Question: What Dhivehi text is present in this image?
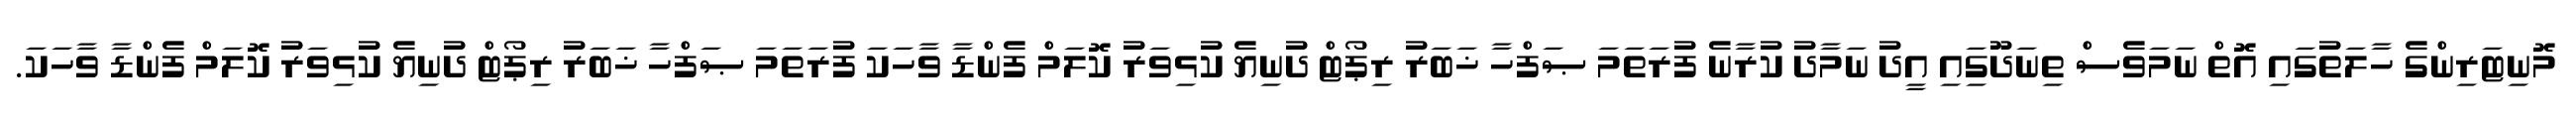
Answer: މޮނިޓަރިންގެ ހާލަތުގައި އޮތް ނަމަވެސް ތިނަދޫގަިއި އީދު ނަމާދު ކުރާނެ ފުރަތަމަ ޞަފްހާ ޚަބަރު ރިޕޯޓް ދުނިޔެ ކުޅިވަރު ކޮލަމް ފެންޑާ ވާހަކަ ފުރަތަމަ ޞަފްހާ ޚަބަރު ރިޕޯޓް ދުނިޔެ ކުޅިވަރު ކޮލަމް ފެންޑާ ވާހަކަ.